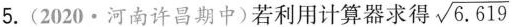
5.(2020·河南许昌期中)若利用计算器求得 $$\sqrt{6.619}